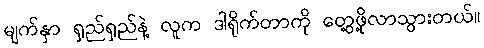
မျက်နှာ ရှည်ရှည်နဲ့ လူက ဒါရိုက်တာကို တွေ့ဖို့လာသွားတယ်။